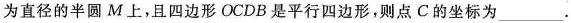
为直径的半圆M上，且四边形OCDB是平行四边形，则点C的坐标为___.